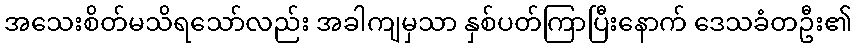
အသေးစိတ်မသိရသော်လည်း အခါကျမှသာ နှစ်ပတ်ကြာပြီးနောက် ဒေသခံတဦး၏